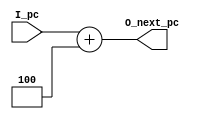
`timescale 1ns / 1ps
module ifetch(
    input [31:0] I_pc, // pc
    output [31:0] O_next_pc // pc+4
);
    assign O_next_pc = I_pc + 4;
endmodule